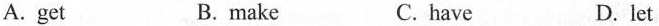
A. get B.make C.have D. let